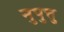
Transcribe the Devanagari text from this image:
नुपुत्तु